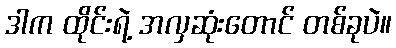
ဒါက ထိုင်းရဲ့ အလှဆုံးတောင် တစ်ခုပဲ။